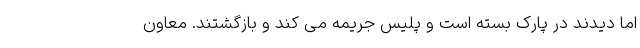
اما دیدند درِ پارک بسته است و پلیس جریمه می کند و بازگشتند. معاون